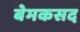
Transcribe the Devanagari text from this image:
बेमकसद